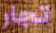
تجار